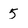
Character: 5